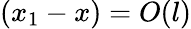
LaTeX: (x_{1}-x)=O(l)